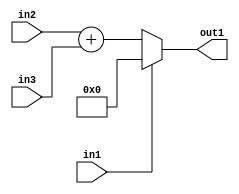
`timescale 1ps / 1ps
/*****************************************************************************
    Verilog RTL Description
    
    
    Created by: Stratus DpOpt 21.05.01 
*******************************************************************************/

module dut_entirecomputation_alt6_0 (
	in1,
	in2,
	in3,
	out1
	); /* architecture "behavioural" */ 
input  in1,
	in2;
input [4:0] in3;
output [5:0] out1;
wire [5:0] asc001,
	asc002;

assign asc002 = 
	+(in2)
	+(in3);

reg [5:0] asc001_tmp_0;
assign asc001 = asc001_tmp_0;
always @ (in1 or asc002) begin
	case (in1)
		1'B1 : asc001_tmp_0 = 6'B000000 ;
		default : asc001_tmp_0 = asc002 ;
	endcase
end

assign out1 = asc001;
endmodule

/* CADENCE  uLjwTA0= : u9/ySxbfrwZIxEzHVQQV8Q== ** DO NOT EDIT THIS LINE ******/